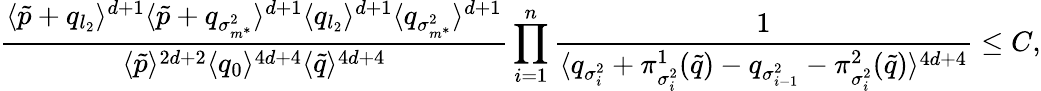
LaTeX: \frac{\langle\tilde{p}+q_{l_{2}}\rangle^{d+1}\langle\tilde{p}+q_{\sigma_{m^{*}}^{2}}\rangle^{d+1}\langle q_{l_{2}}\rangle^{d+1}\langle q_{\sigma_{m^{*}}^{2}}\rangle^{d+1}}{\langle\tilde{p}\rangle^{2d+2}\langle q_{0}\rangle^{4d+4}\langle\tilde{q}\rangle^{4d+4}}\prod_{i=1}^{n}\frac{1}{\langle q_{\sigma_{i}^{2}}+\pi_{\sigma_{i}^{2}}^{1}(\tilde{q})-q_{\sigma_{i-1}^{2}}-\pi_{\sigma_{i}^{2}}^{2}(\tilde{q})\rangle^{4d+4}}\leq C,